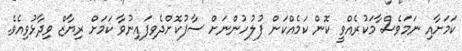
ކަމަށާއި ނަމަވެސް ާމަކުރެއްވީ ކޮން ކަމެއްކަން ފުލުހުންނަށް ސާފުކޮށްދެވިފައިނުވާ ކަމަށް ރިޔާޒް ވިދާޅުވިއެވެ.